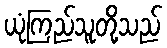
ယုံကြည်သူတို့သည်